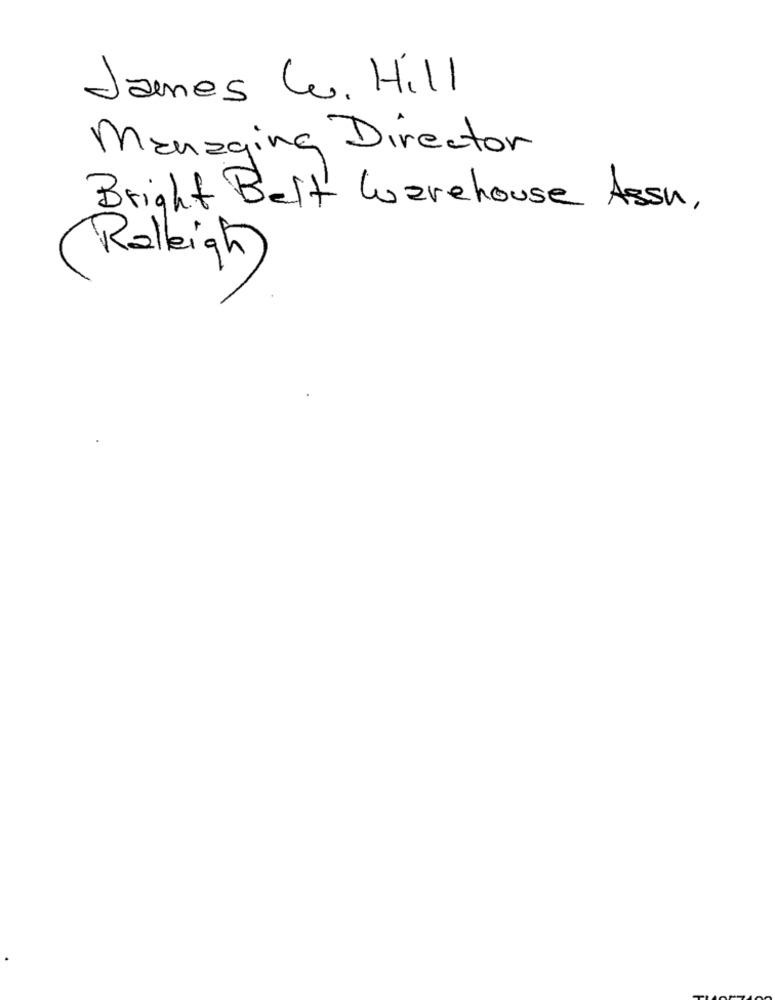
James Cv. Hill
Managing Director
Bright Belt Warehouse Assu,
Raleigh